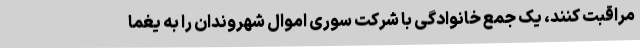
مراقبت کنند، یک جمع خانوادگی با شرکت سوری اموال شهروندان را به یغما